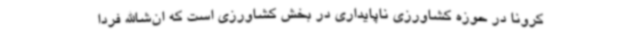
کرونا در حوزه کشاورزی ناپایداری در بخش کشاورزی است که ان‌شاالله فردا